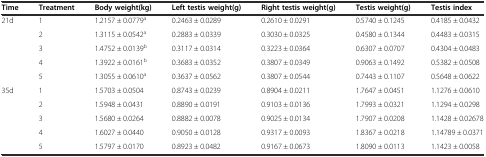
<table><thead><tr><td><b>Time</b></td><td><b>Treatment</b></td><td><b>Body weight(kg)</b></td><td><b>Left testis weight(g)</b></td><td><b>Right testis weight(g)</b></td><td><b>Testis weight(g)</b></td><td><b>Testis index</b></td></tr></thead><tbody><tr><td rowspan="5">21d</td><td>1</td><td>1.2157 ± 0.0779<sup>a</sup></td><td>0.2463 ± 0.0289</td><td>0.2610 ± 0.0291</td><td>0.5740 ± 0.1245</td><td>0.4185 ± 0.0432</td></tr><tr><td>2</td><td>1.3115 ± 0.0542<sup>a</sup></td><td>0.2883 ± 0.0339</td><td>0.3030 ± 0.0325</td><td>0.4580 ± 0.1344</td><td>0.4483 ± 0.0315</td></tr><tr><td>3</td><td>1.4752 ± 0.0139<sup>b</sup></td><td>0.3117 ± 0.0314</td><td>0.3223 ± 0.0364</td><td>0.6307 ± 0.0707</td><td>0.4304 ± 0.0483</td></tr><tr><td>4</td><td>1.3922 ± 0.0161<sup>b</sup></td><td>0.3683 ± 0.0352</td><td>0.3807 ± 0.0349</td><td>0.9063 ± 0.1492</td><td>0.5382 ± 0.0508</td></tr><tr><td>5</td><td>1.3055 ± 0.0610<sup>a</sup></td><td>0.3637 ± 0.0562</td><td>0.3807 ± 0.0544</td><td>0.7443 ± 0.1107</td><td>0.5648 ± 0.0622</td></tr><tr><td rowspan="5">35d</td><td>1</td><td>1.5703 ± 0.0504</td><td>0.8743 ± 0.0239</td><td>0.8904 ± 0.0211</td><td>1.7647 ± 0.0451</td><td>1.1276 ± 0.0610</td></tr><tr><td>2</td><td>1.5948 ± 0.0431</td><td>0.8890 ± 0.0191</td><td>0.9103 ± 0.0136</td><td>1.7993 ± 0.0321</td><td>1.1294 ± 0.0298</td></tr><tr><td>3</td><td>1.5680 ± 0.0264</td><td>0.8882 ± 0.0078</td><td>0.9025 ± 0.0134</td><td>1.7907 ± 0.0208</td><td>1.1428 ± 0.02678</td></tr><tr><td>4</td><td>1.6027 ± 0.0440</td><td>0.9050 ± 0.0128</td><td>0.9317 ± 0.0093</td><td>1.8367 ± 0.0218</td><td>1.14789 ± 0.0371</td></tr><tr><td>5</td><td>1.5797 ± 0.0170</td><td>0.8923 ± 0.0482</td><td>0.9167 ± 0.0673</td><td>1.8090 ± 0.0113</td><td>1.1423 ± 0.0058</td></tr></tbody></table>